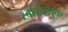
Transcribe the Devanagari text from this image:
स्वस्तिभुक